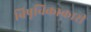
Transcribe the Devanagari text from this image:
विषूचिकाकारी